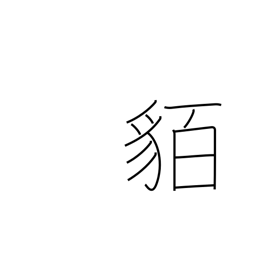
Meaning: barbarians